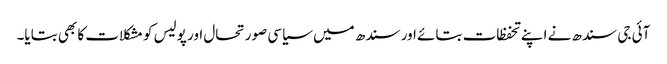
آئی جی سندھ نے اپنے تحفظات بتائے اور سندھ میں سیاسی صورتحال اور پولیس کو مشکلات کا بھی بتایا۔